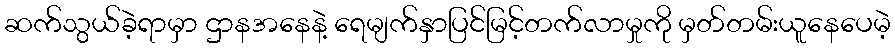
ဆက်သွယ်ခဲ့ရာမှာ ဌာနအနေနဲ့ ရေမျက်နှာပြင်မြင့်တက်လာမှုကို မှတ်တမ်းယူနေပေမဲ့